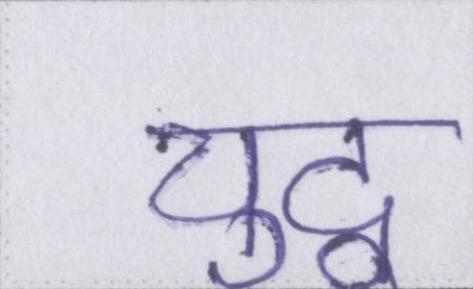
युद्व